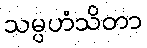
သမ္ပဟံသိတာ